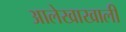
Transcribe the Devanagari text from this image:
आलेखाखाली